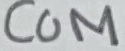
Text: COM